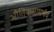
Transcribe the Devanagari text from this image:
भौतिकसामर्थय